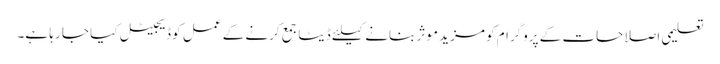
تعلیمی اصلاحات کے پروگرام کو مزید موثر بنانے کیلئے ڈیٹا جمع کرنے کے عمل کو ڈیجیٹل کیا جا رہا ہے۔